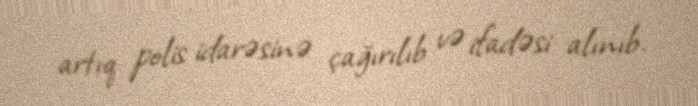
artıq polis idarəsinə çağırılıb və ifadəsi alınıb.